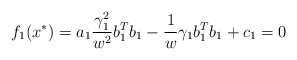
\begin{align*} f_{1}(x^{*})=a_{1}\frac{\gamma_{1}^{2}}{w^{2}}b^{T}_{1}b_{1}-\frac{1}{w}\gamma_{1}b_{1}^{T} b_{1}+c_{1}=0\end{align*}